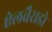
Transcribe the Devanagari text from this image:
ऐलवैराडो